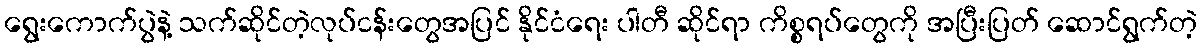
ရွေးကောက်ပွဲနဲ့ သက်ဆိုင်တဲ့လုပ်ငန်းတွေအပြင် နိုင်ငံရေး ပါတီ ဆိုင်ရာ ကိစ္စရပ်တွေကို အပြီးပြတ် ဆောင်ရွက်တဲ့